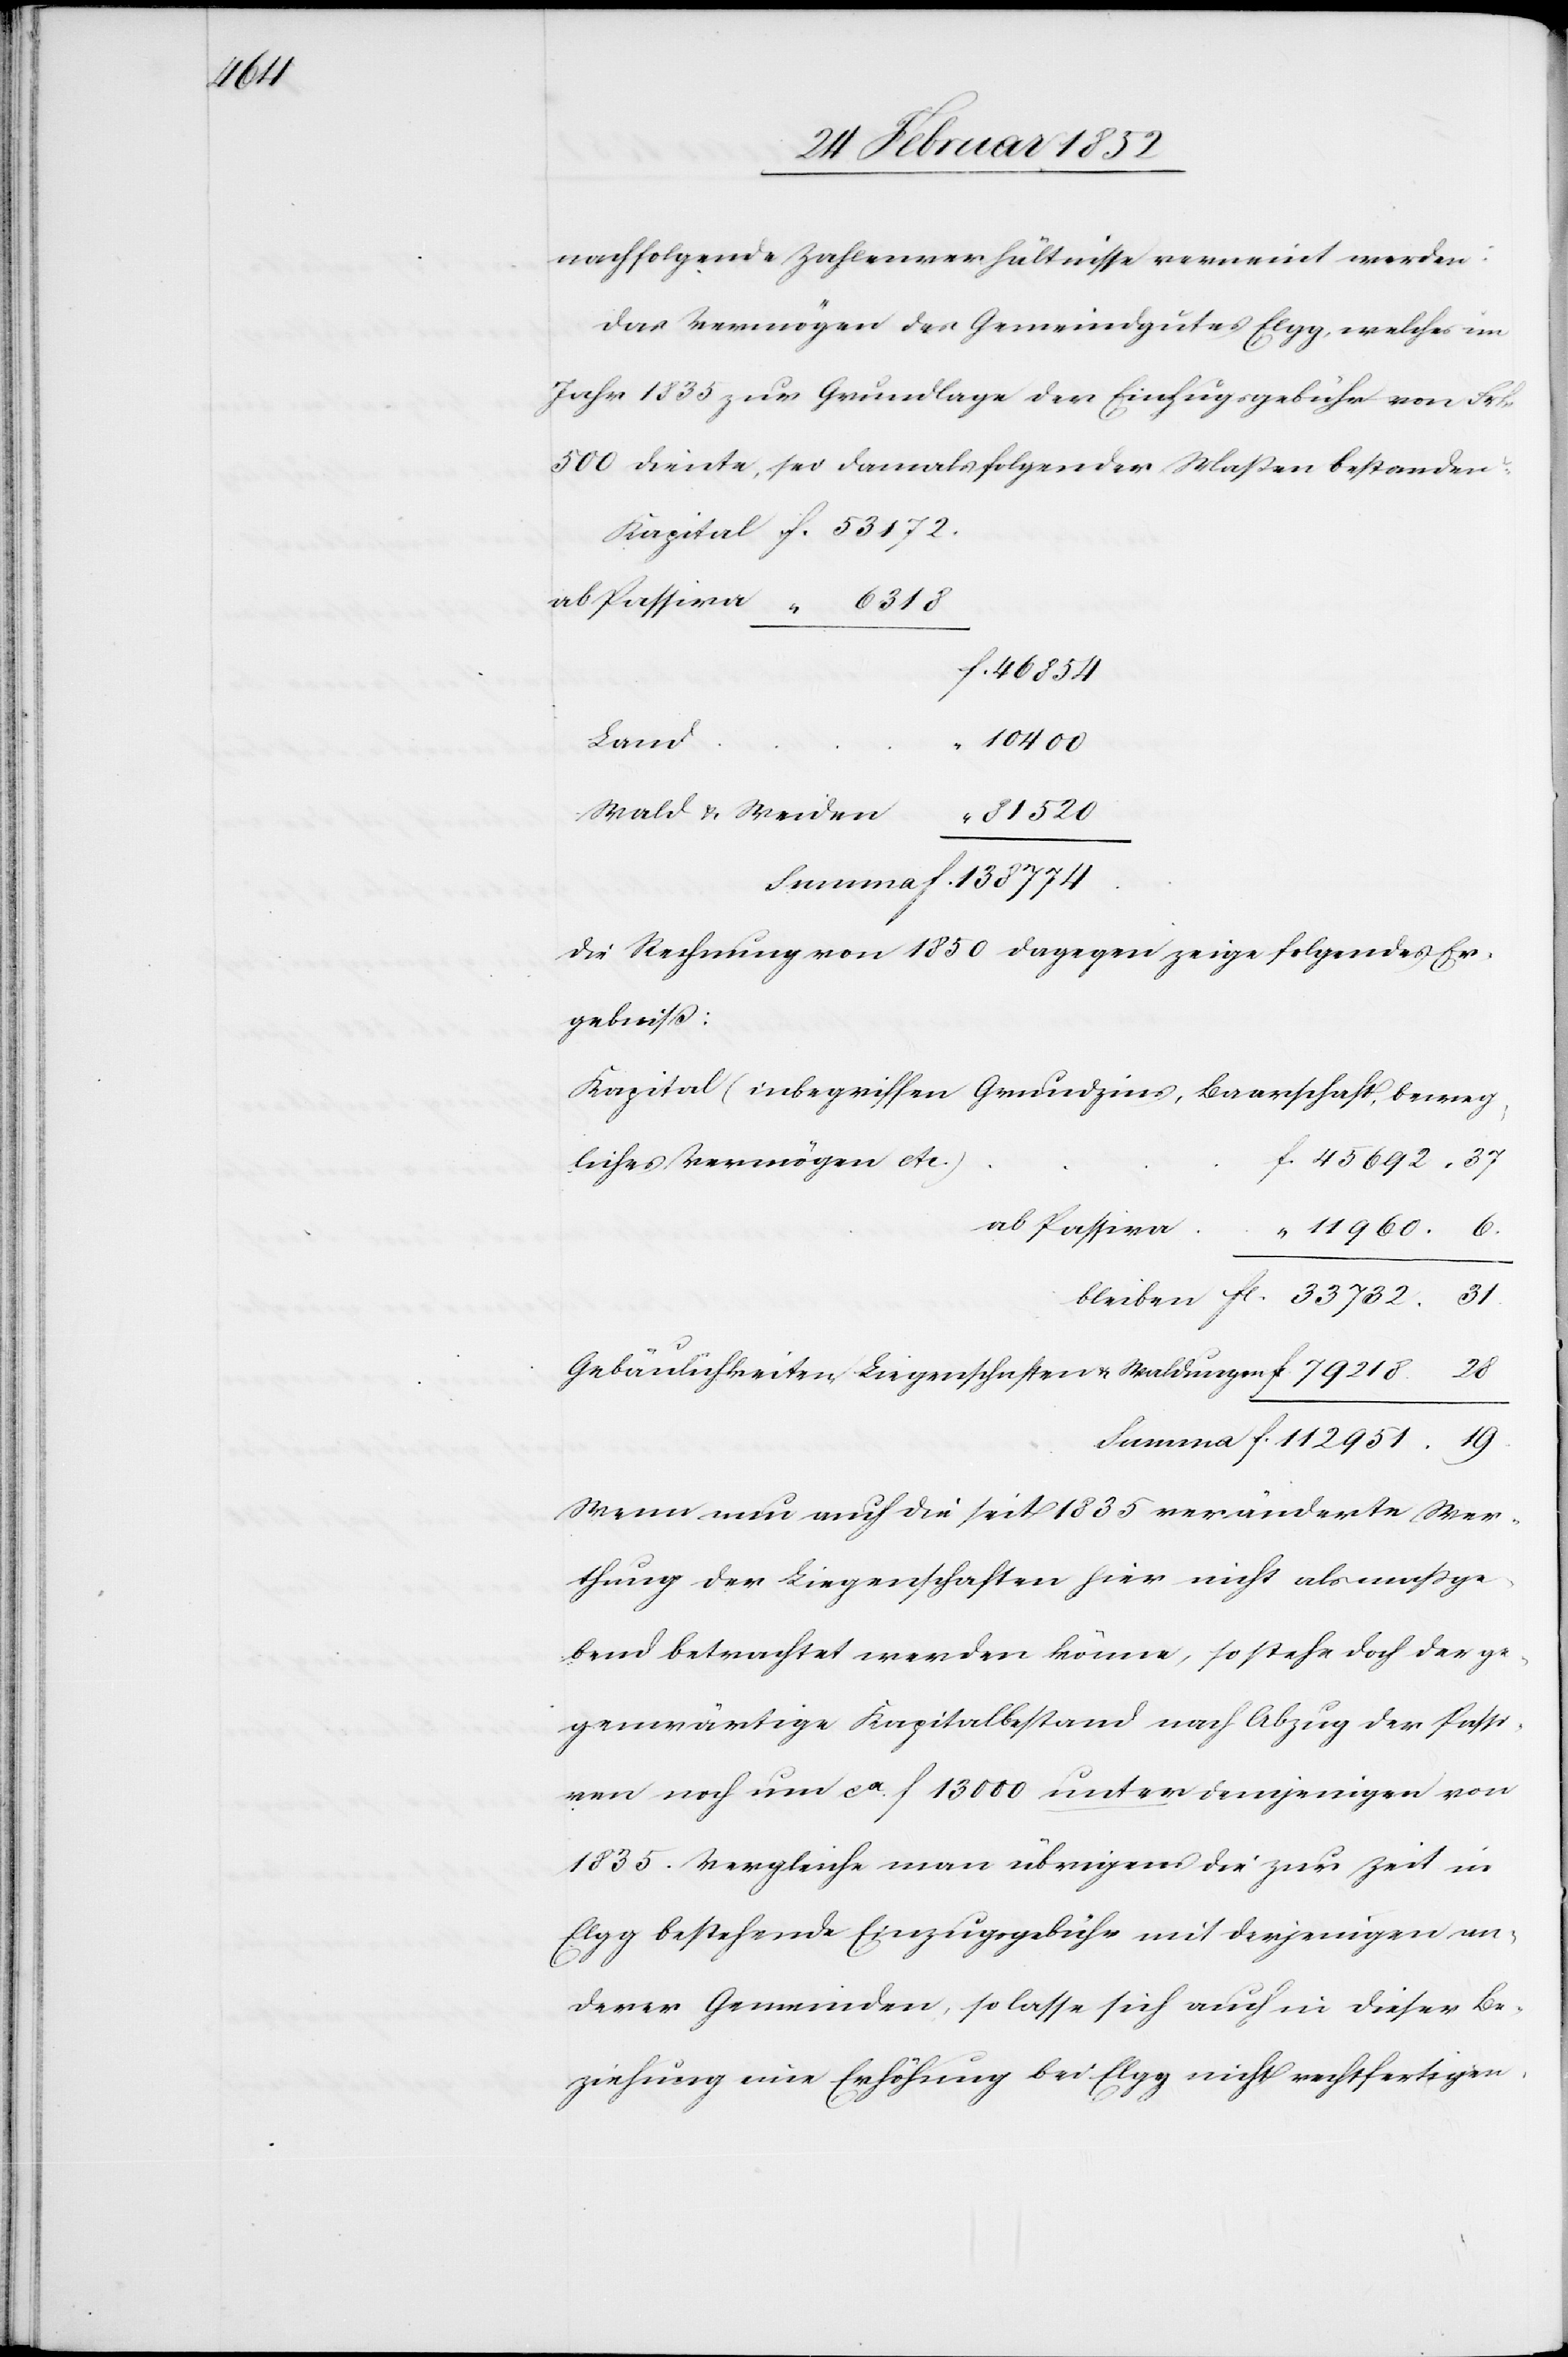
112

nachfolgende Zahlenverhältnisse verneint werden:
Das Vermögen des Gemeindgutes Elgg, welches im
Jahr 1835 zur Grundlage der Einzugsgebühr von Frk.
500 diente, sei damals folgender Maßen bestanden.
46 854
Land
10 400
Wald u. Weiden
81 520
Die Rechnung von 1850 dagegen zeige folgendes Er¬
gebniß:
Kapital (inbegriffen Grundzins, Baarschaft, beweg¬
liches Vermögen etc.)
Gebäulichkeiten, Liegenschaften u. Waldungen
Wenn nun auch die seit 1835 veränderte Wer¬
thung der Liegenschaften hier nicht als maßge¬
bend betrachtet werden könne, so stehe doch der ge¬
genwärtige Kapitalbestand nach Abzug der Passi¬
ven noch um ca f 13 000 unter demjenigen von
1835. Vergleiche man übrigens die zur Zeit in
Elgg bestehende Einzugsgebühr mit derjenigen an¬
derer Gemeinden, so lasse sich auch in dieser Be¬
ziehung eine Erhöhung bei Elgg nicht rechtfertigen.